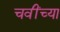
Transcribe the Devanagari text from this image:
चवींच्या